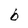
Character: b